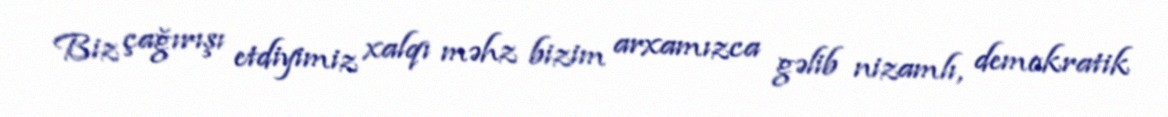
Biz çağırışı etdiyimiz xalqı məhz bizim arxamızca gəlib nizamlı, demokratik